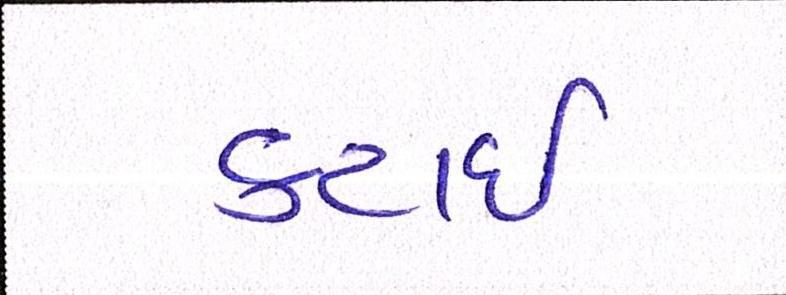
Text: કટાઈ